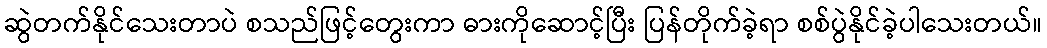
ဆွဲတက်နိုင်သေးတာပဲ စသည်ဖြင့်တွေးကာ ဓားကိုဆောင့်ပြီး ပြန်တိုက်ခဲ့ရာ စစ်ပွဲနိုင်ခဲ့ပါသေးတယ်။